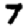
Digit: 7